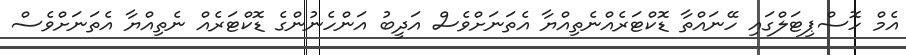
އެމް ހޮސްޕިޓަލްގައި ހޭނައްތާ ޑޮކްޓަރެއްނެތިއްޔާ އެތަނަށްވެސް އަދީބު އަންހެނުންގެ ޑޮކްޓަރެއް ނެތިއްޔާ އެތަނަށްވެސް